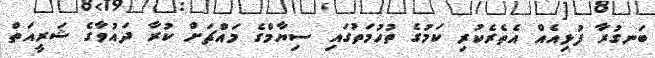
ބަނގުރާ ފުޅިއެއް އެތެރެކުރި ކަމުގެ ތުހުމަތުގައި ސިޔާމްގެ މައްޗަށް ކުރާ ދައުވާގެ ޝަރީއަތް